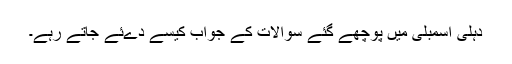
دہلی اسمبلی میں پوچھے گئے سوالات کے جواب کیسے دےئے جاتے رہے۔